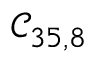
\mathcal { C } _ { 3 5 , 8 }